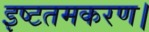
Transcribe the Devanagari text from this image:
इष्टतमकरण।